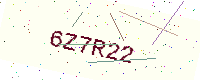
Text: 6Z7R22